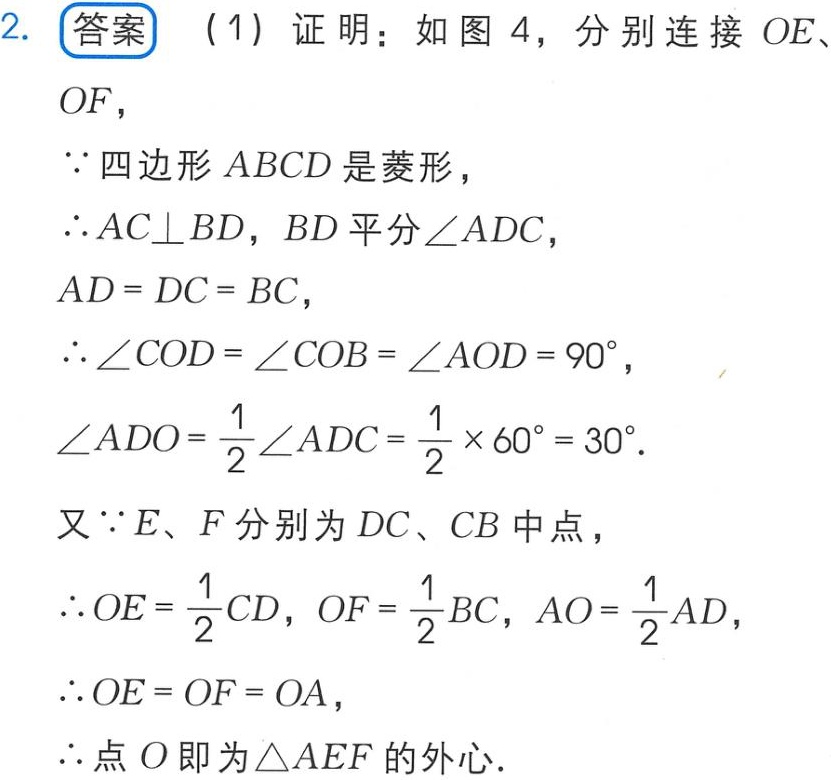
2. 答案（1）证明：如图 4，分别连接 \(OE\)、\(OF\)，
\(\because\)四边形 \(ABCD\) 是菱形，
\(\therefore AC\perp BD\)，\(BD\) 平分 \(\angle ADC\)，
\(AD = DC = BC\)，
\(\therefore \angle COD = \angle COB = \angle AOD = 90^{\circ}\)，
\(\angle ADO=\frac{1}{2}\angle ADC=\frac{1}{2}\times 60^{\circ}=30^{\circ}\).
又 \(\because E\)、\(F\) 分别为 \(DC\)、\(CB\) 中点，
\(\therefore OE = \frac{1}{2}CD\)，\(OF = \frac{1}{2}BC\)，\(AO = \frac{1}{2}AD\)，
\(\therefore OE = OF = OA\)，
\(\therefore\)点 \(O\) 即为 \(\triangle AEF\) 的外心.